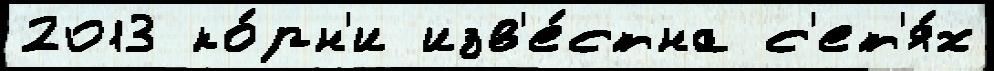
2013 ко́рн'и изв'е́стна с'ет'я́х